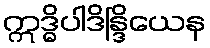
ဣဒ္ဓိပါဒိန္ဒြိယေန